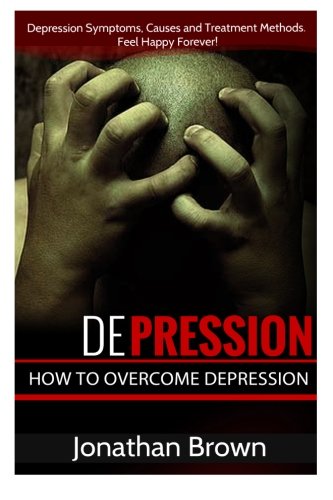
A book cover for Depression: How to Overcome Depression And Feel Happy Forever!: Depression Symptoms, Causes and Treatment Methods. (Depression Cure - Depression, OCD And Bipolar Disorder Guide); Jonathan Brown; Health, Fitness & Dieting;